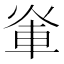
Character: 𮝃